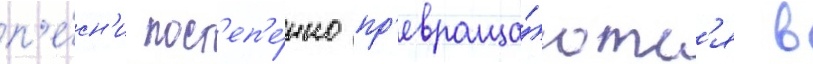
п'е́сн'и пост'еп'е́нно пр'евраща́ютс'я в